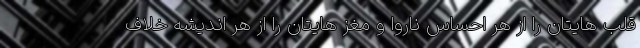
قلب هایتان را از هر احساس ناروا و مغز هایتان را از هر اندیشه خلاف